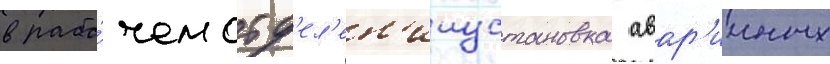
в рабо́чем отд'ел'ен'ииустановка авар'ииных